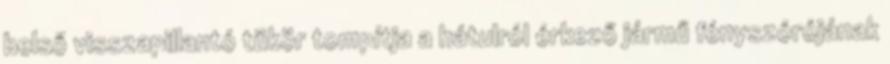
belső visszapillantó tükör tompítja a hátulról érkező jármű fényszórójának